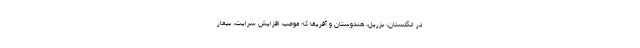
در انگلستان، بزریل، هندوستان و آفریقا که موجب افزایش سرایت، بیمار